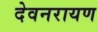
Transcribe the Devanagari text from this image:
देवनरायण